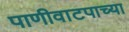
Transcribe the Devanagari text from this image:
पाणीवाटपाच्या